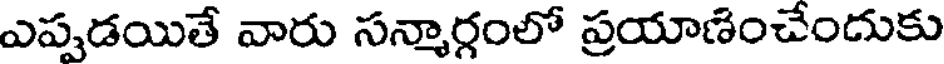
ఎప్పడయితే వారు సన్మార్గంలో ప్రయాణించేందుకు